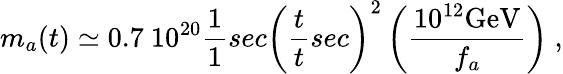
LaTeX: m_{a}(t)\simeq 0.7~10^{20}\frac{1}{1}{sec}\left(\frac{t}{t}{sec}\right)^{2}\left(\frac{10^{12}\mathrm{GeV}}{f_{a}}\right)\ ,